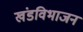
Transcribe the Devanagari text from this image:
खंडविभाजन